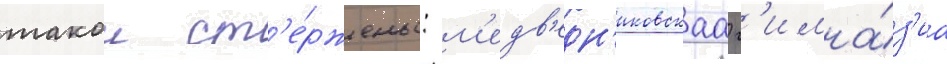
такои ст'е́ржень: м'едв'едн'иковскаа г'имна́з'иа